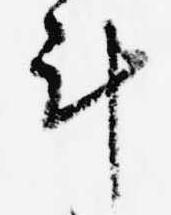
計